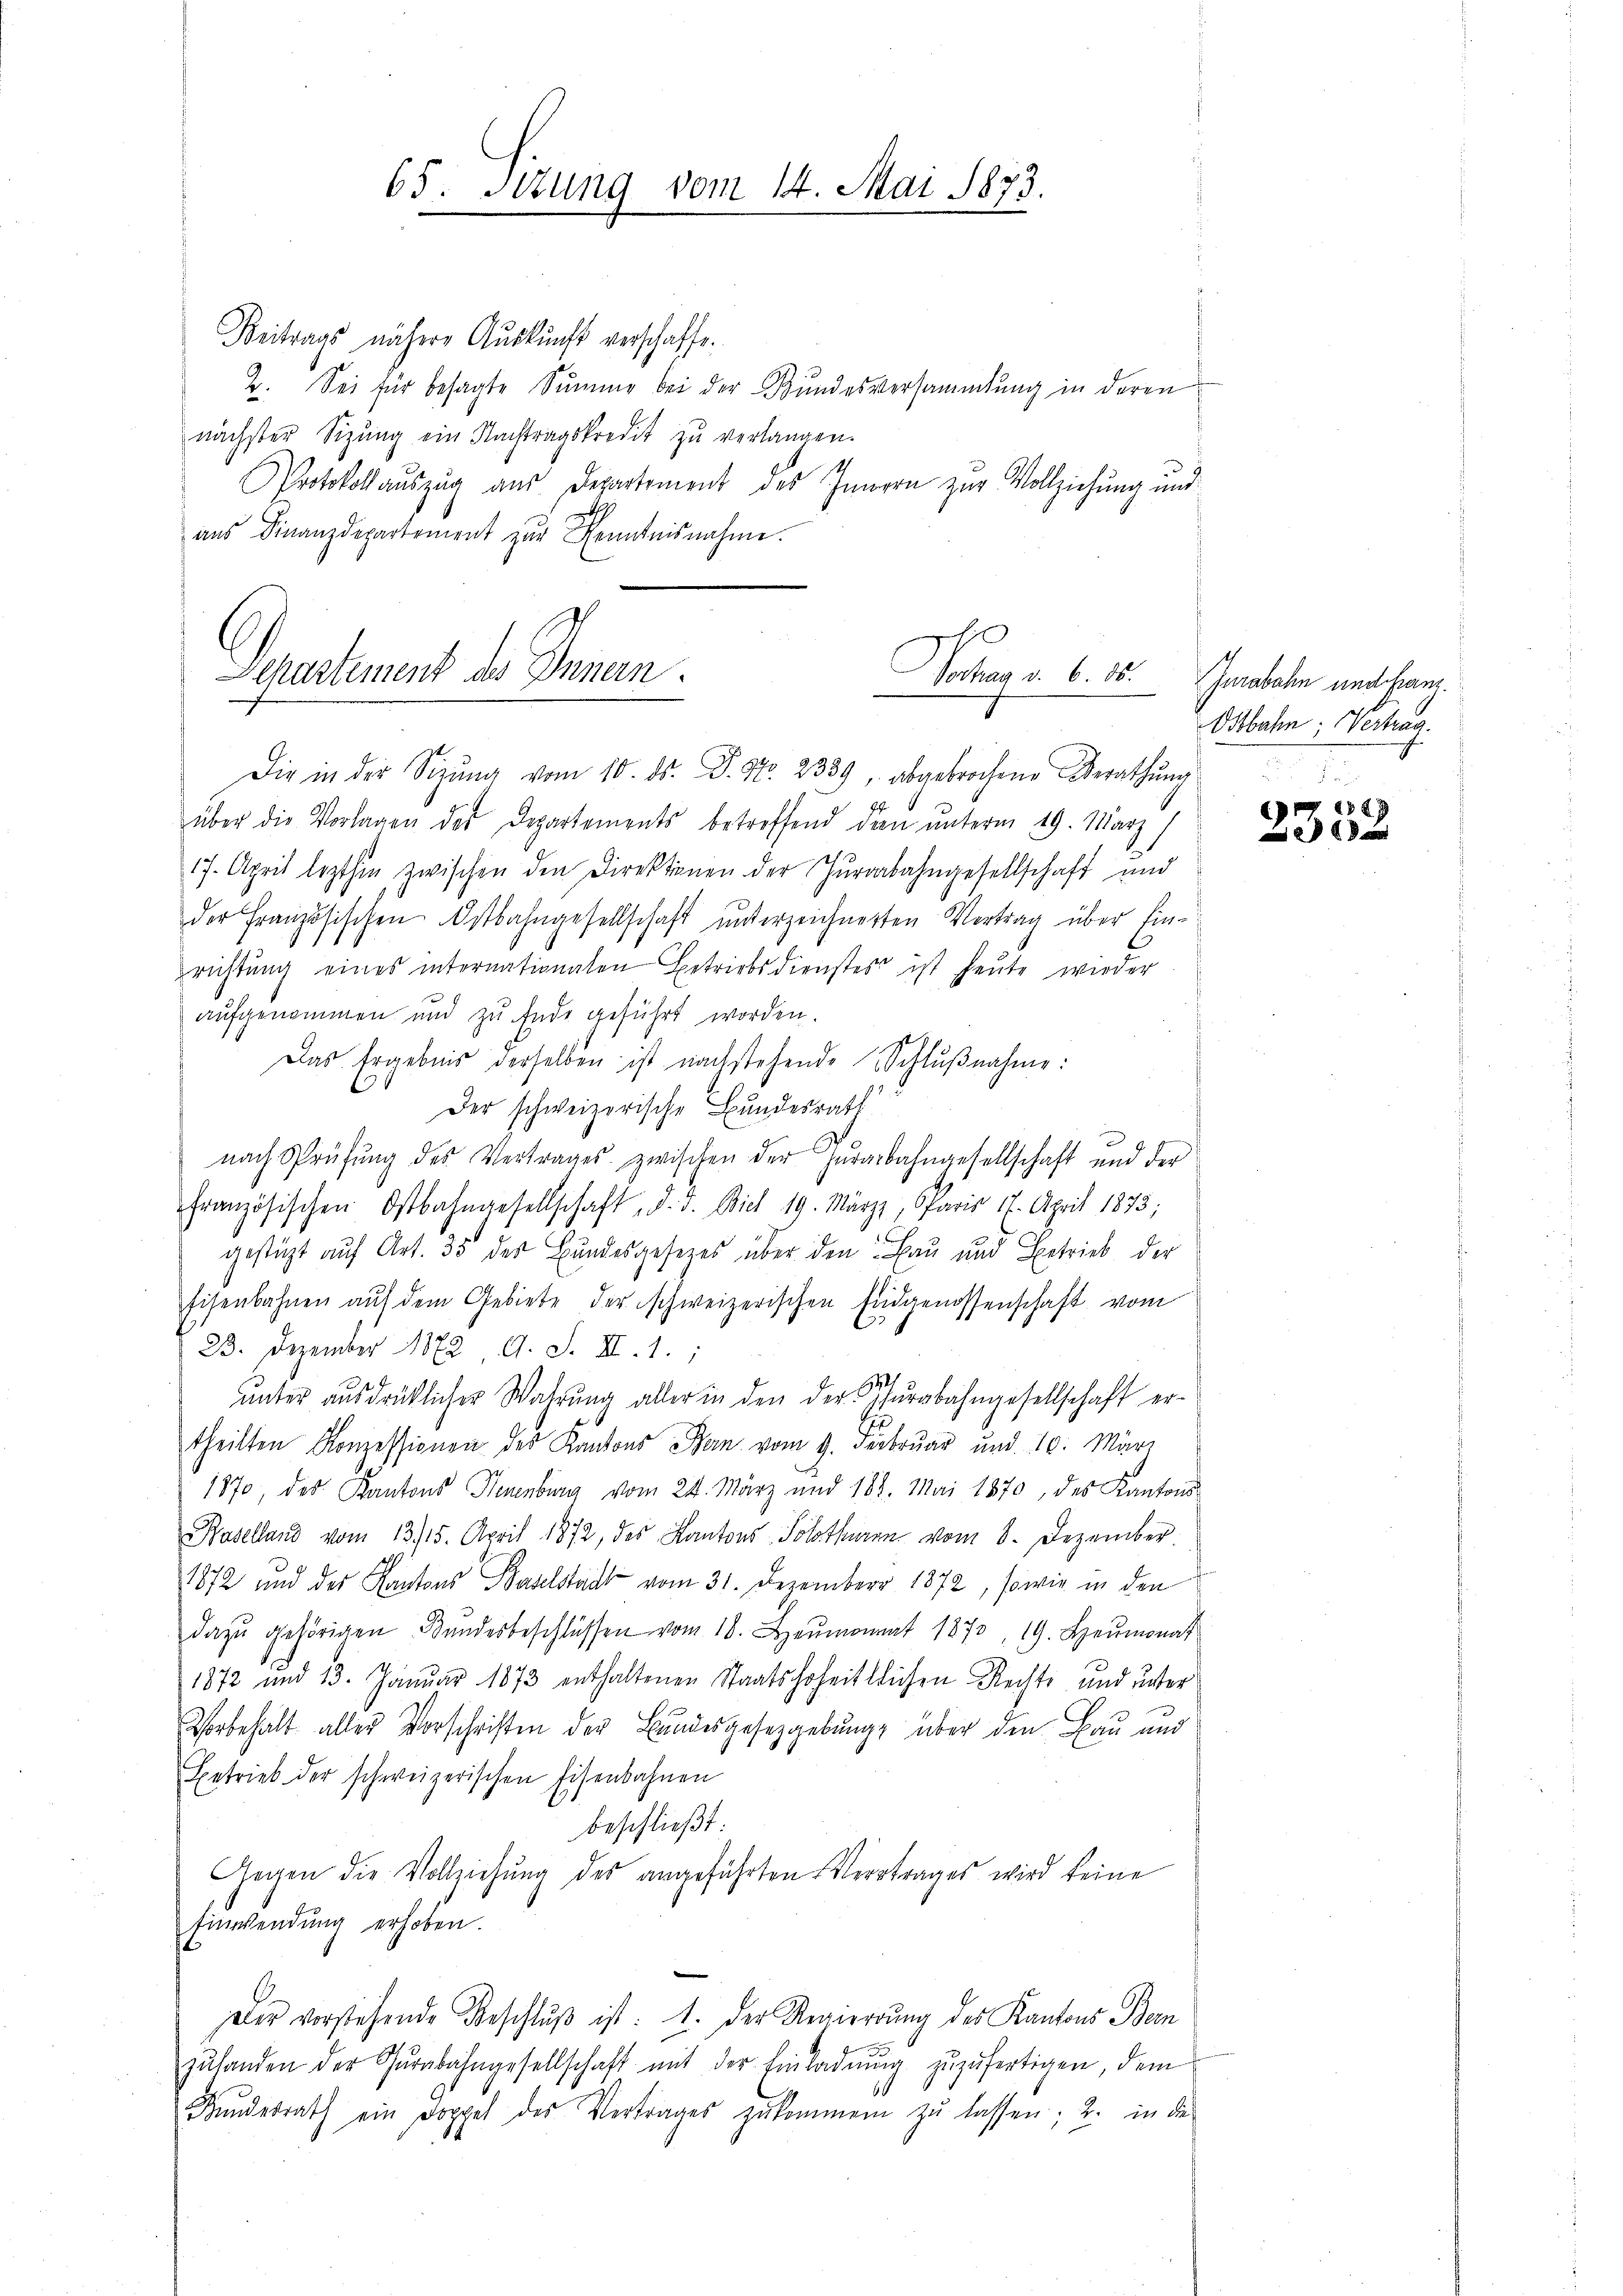
65. Stzung vom 14. Mai 1873.

Beitrags nähere Aŭskŭnft verschaffe.
2. Sei für besagte Summe bei der Bundesversammlung in deren
nächster Sizŭng ein Nachtragskredit zŭ verlangen.
s
Protokollaŭszŭg aŭs Departement des Innern zur Vollziehung und
ans Finanzdepartement zur Kenntnisnahme.

Verschauert des Innen.
Vochag v. 6. 88.
Die in der Sitzŭng vom 10. ds. P. Nr. 2339, abgebrochene Berathŭng

über die Vorlagen des Departements betreffend dan unterm 19. März/
17. April lezthin zwischen den Direktionen der Juraabahngesellschaft und
der Französischen Ostbahngesellschaft unterzeichnerten Vertrag über Einrichtŭng eines internationalen Betriebsdienstes ist heute wieder
aŭfgenommen und zu Ende geführt worden.
Das Ergebnis derselben ist nachstehende Schlŭβnahme:
Der schweizerische Bundesrath
nach Prüfŭng des Vertrages zwischen der Zŭrarbahngesellschaft und der
französischen Ostbahngesellschaft, d. d. Biel 19. März, Paris 17. April 1873;
gestüzt auf Art. 35 des Bundesgesezes über den Bau und Betrieb der
Eisenbahnen aŭf dem Gebiete der schweizerischen Eidgenossenschaft vom
23. Dezember 1872 9. S. II. 1.
.
unter ausdrücklicher Wahrŭng aller in den der isŭrabahngesellschaft er-
theilten Konzessionen des Kantons Bern vom 9. Februar und 10. März
1870 des Kantons Neuenburg vom 24. März und 181. Mai 1870, des Kantons¬
Baselland vom 13/15. April 1872, des Kantons Solothuren vom 8. Dezember
1872 und der Kantons Baselstadt vom 31. Dezember 1872, sowie in den
dazŭ gehörigen Bŭndesbeschlüssen vom 18. Heumonat 1870, 19. Heumonat
1872 und 13. Januar 1873 enthaltenen Staatshoheitlichen Rechts und unter
Vorbehalt alles Vorschriften der Bundesgesetzgebung über den Bau und
Betrieb der schweizerischen Eisenbahnen
beschließt:
Gegen die Vollziehung des angeführten Vertrages wird keine
Einwendung erhoben.
Der vorstehende Beschlŭβ ist: 1. Der Regierung des Kantons Bern
zŭhanden der Gŭrabahngesellschaft mit der Einladŭng zŭzŭfertigen, dem
6
Bundesrath ein Doppel des Vertrages zukommen zu lassen; 2. in die

Jurabahn und Franz.
Ostbahn; Vertrag.

X
e
a